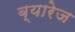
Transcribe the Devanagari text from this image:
ब्यारेज